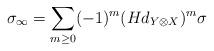
LaTeX: \begin{align*}\sigma_\infty = \sum_{m \ge 0} (-1)^m (H d_{Y \otimes X})^m \sigma\end{align*}